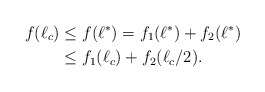
\begin{align*}f(\ell_c) &\leq f(\ell^*) = f_1(\ell^*)+f_2(\ell^*) \\ &\leq f_1(\ell_c) + f_2(\ell_c/2). \end{align*}